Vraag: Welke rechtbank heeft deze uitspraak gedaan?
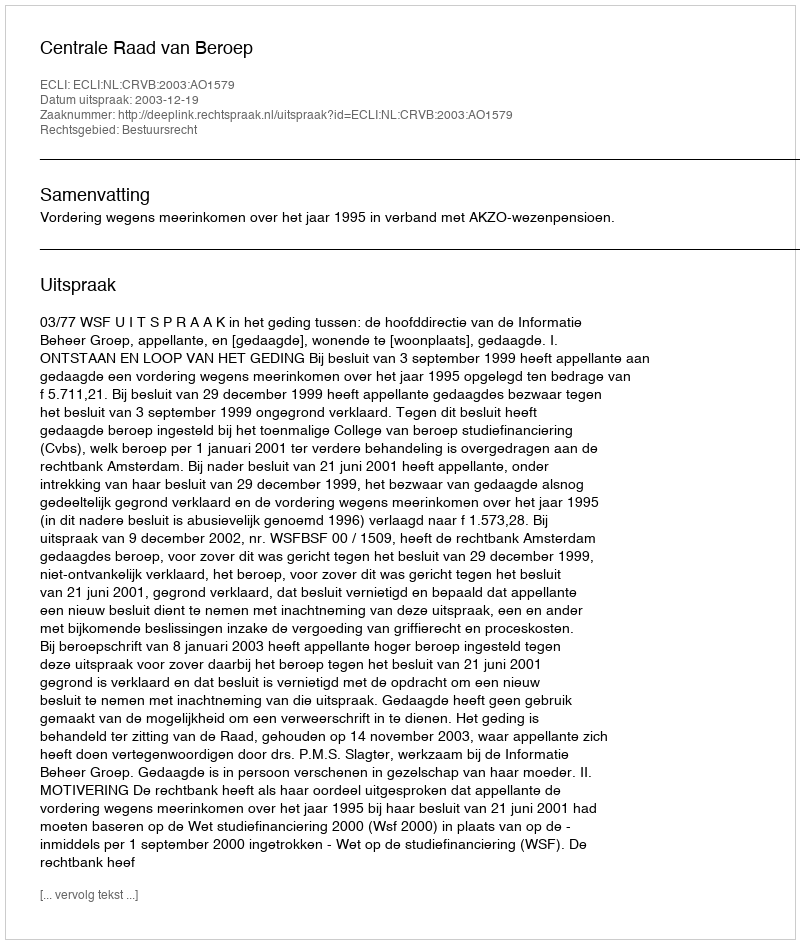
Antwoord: Centrale Raad van Beroep